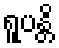
ရူပန္တိ